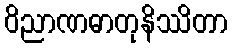
ဝိညာဏဓာတုနိဿိတာ